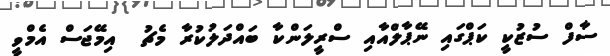
ސާފް ސުޒުކީ ކަޕްގައި ނޭޕާލްއާއި ސްރީލަންކާ ބައްދަލުކުރާ މެޗު  އިމޭޖަސް އެމްވީ